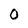
Character: 0